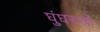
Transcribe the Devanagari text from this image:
घुंघरुओं